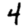
Digit: 4